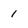
Character: 1